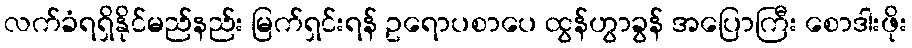
လက်ခံရရှိနိုင်မည်နည်း မြက်ရှင်းရန် ဥရောပစာပေ ထွန်ဟွာခွန် အပြောကြီး စောဒါးဖိုး